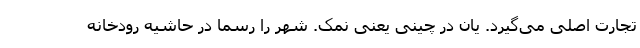
تجارت اصلی می‌گیرد. یان در چینی یعنی نمک. شهر را رسما در حاشیه رودخانه